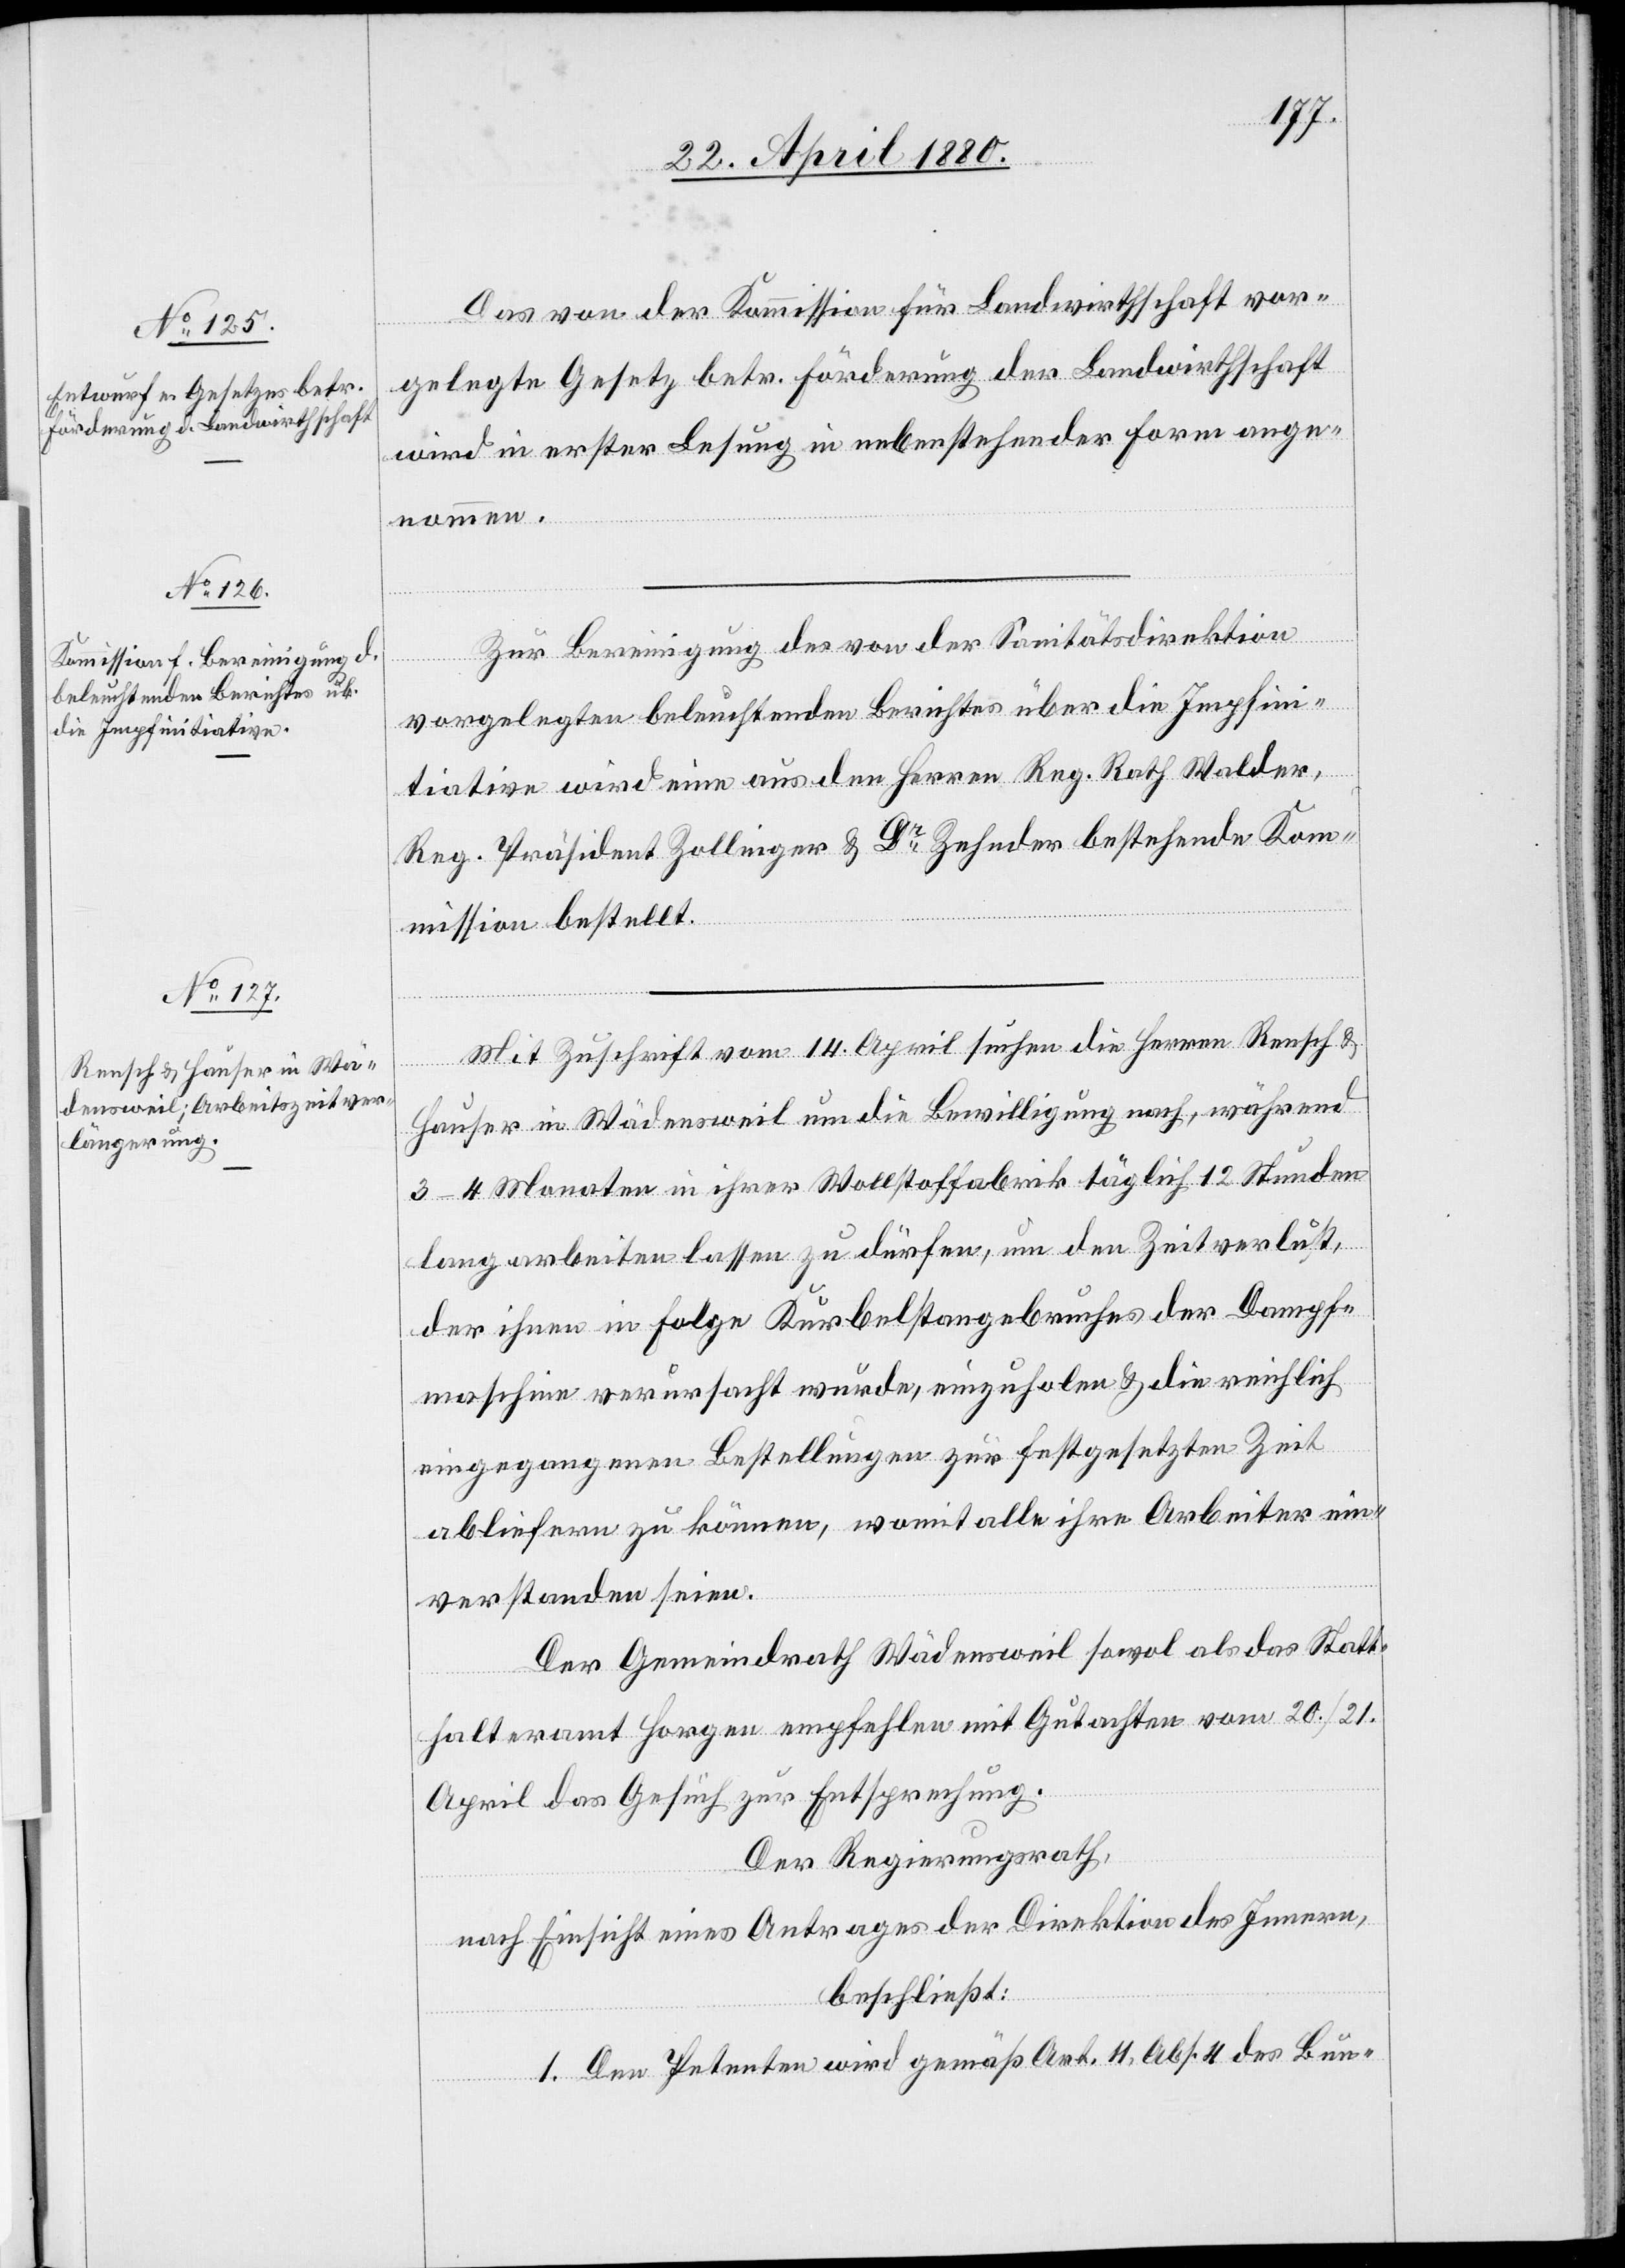
Das von der Kommission für Landwirthschaft vor¬
gelegte Gesetz betr. Förderung der Landwirthschaft
wird in erster Lesung in nebenstehender Form ange¬
nommen.
Zur Bereinigung des von der Sanitätsdirektion
vorgelegten beleuchtenden Berichtes über die Impfini¬
tiative wird eine aus den Herrn Reg. Rath Walder,
Reg. Präsident Zollinger & Dr Zehnder bestehende Kom¬
mission bestellt.
Mit Zuschrift vom 14. April suchen die Herren Rensch &
Hauser in Wädensweil um die Bewilligung nach, während
3–4 Monaten in ihrer Wollstoffabrik täglich 12 Stunden
lang arbeiten lassen zu dürfen, um den Zeitverlust,
der ihnen in Folge Kurbelstangenbruches der Dampf¬
maschine verursacht wurde, einzuholen & die reichlich
eingegangenen Bestellung zur festgesetzten Zeit
abliefern zu können, womit alle ihre Arbeiter ein¬
verstanden seien.
Der Gemeindrath Wädensweil sowol als das Statt¬
halteramt Horgen empfehlen mit Gutachten vom 20. / 21.
April das Gesuch zur Entsprechung.
Der Regierungsrath,
nach Einsicht eines Antrages der Direktion des Innern,
beschließt:
1. Den Petenten wird gemäß Art. 11, Abs. 4 des Bun-